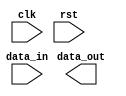
module uart_controller (
    input wire clk,
    input wire rst,
    input wire [7:0] data_in,
    output wire [7:0] data_out
);

// Timing control and synchronization block implementation goes here

endmodule